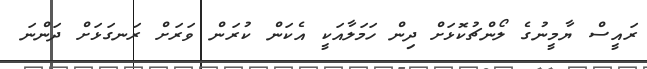
ރައީސް ޔާމީނުގެ ލޯންޗުކޮޅަށް ދިން ހަމަލާއަކީ އެކަން ކުރަން ވަރަށް ރަނގަޅަށް ދަންނަ